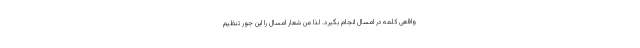
واقعی کلمه در امسال انجام بگیرد. لذا من شعار امسال را این جور تنظیم